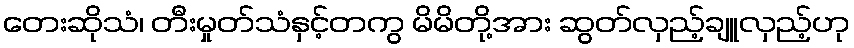
တေးဆိုသံ၊ တီးမှုတ်သံနှင့်တကွ မိမိတို့အား ဆွတ်လှည့်ချူလှည့်ဟု